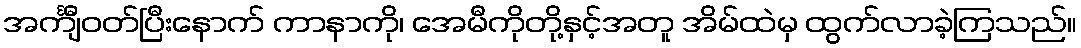
အင်္ကျီဝတ်ပြီးနောက် ကာနာကို၊ အေမီကိုတို့နှင့်အတူ အိမ်ထဲမှ ထွက်လာခဲ့ကြသည်။